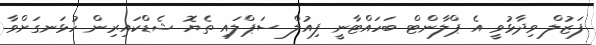
ފަޒުލް ވިދާޅުވީ އެ ޕްލާންޓް ބަހައްޓާނީ ފިއުލް ސަޕްލައި ތެޔޮ ޝެޑްކައިރިން ހުޅަނގަށްވާ